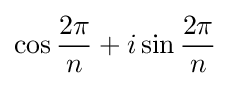
\cos {\frac {2\pi }{n}}+i\sin {\frac {2\pi }{n}}